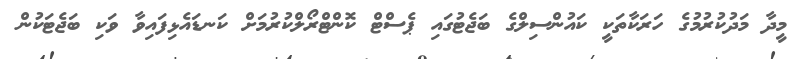
މީދާ މަދުކުރުމުގެ ހަރަކާތަކީ ކައުންސިލްގެ ބަޖެޓުގައި ޕެސްޓް ކޮންޓްރޯލްކުރުމަށް ކަނޑައެޅިފައިވާ ވަކި ބަޖެޓަކުން